Medical and sanitary report of the native army of Bengal for the year
Year: 1874
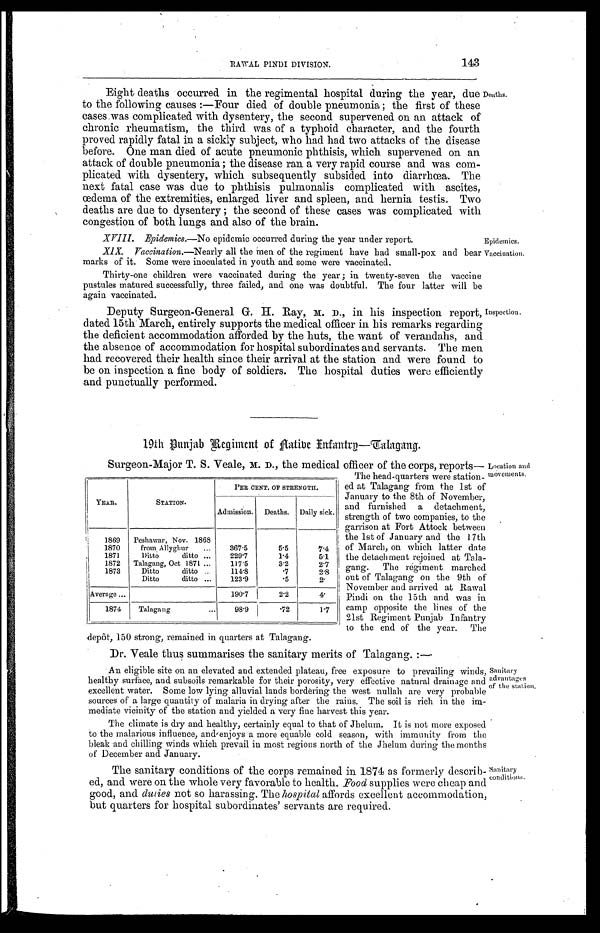
-aecination,
R A W A L P I N D I D I V I S I O N .
143
Eight deaths occurred in the regimental hospital during the year, due
to the following causes:—Four died of double pneumonia; the first of these
cases was complicated with dysentery, the second supervened on an attack of
chronic rheumatism, the third was of a typhoid character, and the fourth
proved rapidly fatal in a sickly subject, who had had two attacks of the disease
before. One man died of acute pneumonic phthisis, which supervened on an
attack of double pneumonia; the disease ran a very rapid course and was com
- p l i c a t e d w i t h d y s e n t e r y , w h i c h s u b s e q u e n t l y s u b s i d e d i n t o d i a r r h œ a . T h e
next fatal case was due to phthisis pulmonalis complicated with ascites,
œdema of the extremities, enlarged liver and spleen, and hernia testis. Two
deaths are due to dysentery; the second of these cases was complicated with
congestion of both lungs and also of the brain.
XVIII. Epidemics.—No epidemic occurred during the year under report.
XIX. Vaccination. —Nearly all the men of the regiment have had small-pox and bear
marks of it. Some were inoculated in youth and some were vaccinated,
Thirty-one children were vaccinated during the year; in twenty-seven the vaccine
pustules matured successfully, three failed, and one was doubtful. The four latter will be
again vaccinated.
Deputy Surgeon-General G. H. Ray, M. D in his inspection report,
dated 15th March, entirely supports the medical officer in his remarks regarding
the deficient accommodation afforded by the huts, the want of verandahs, and
the absence of accommodation for hospital subordinates and servants. The men
had recovered their health since their arrival at the station and were found to
be on inspection a fine body of soldiers. The hospital duties were efficiently
and punctually performed.
Deaths.
Enspection.
19th Punjab Regiment of Native Infantry—Talagang.
Surgeon-Major T. S. Veale, M. D., the medical officer of the corps, reports
—The head-quarters were station
-ed at Talagang from the 1st of
January to the 8th of November,
and furnished a detachment,
strength of two companies, to the
garrison at Fort Attock between
the 1st of January and the 17th
of March, on which latter date
the detachment rejoined at Tala
—gang. The regiment marched
out of Talagang on the 9th of
November and arrived at Rawal
Pindi on the 15th and was in
camp opposite the lines of the
21st Regiment Punjab Infantry
to the end of the year. The
depôt, 150 strong, remained in quarters at Talagang.
Dr. Veale thus summarises the sanitary merits of Talagang.:—
An eligible site on an elevated and extended plateau, free exposure to prevailing winds,
healthy surface, and subsoils remarkable for their porosity, very effective natural drainage and
excellent water. Some low lying alluvial lands bordering the west nullah are very probable
sources of a large quantity of malaria in drying after the rains. The soil is rich in the im
- m e d i a t e v i c i n i t y o f t h e s t a t i o n a n d y i e l d e d a v e r y f i n e h a r v e s t t h i s y e a r .
The climate is dry and healthy, certainly equal to that of Jhelum. It is not more exposed
to the malarious influence, and enjoys a more equable cold season, with immunity from the
bleak and chilling winds which prevail in most regions north of the Jhelum during the months
of December and January.
The sanitary conditions of the corps remained in 1874 as formerly describ
- e d , a n d w e r e o n t h e w h o l e v e r y f a v o r a b l e t o h e a l t h .F
o o d
s u p p l i e s w e r e c h e a p a n d
good, and duties not so harassing. The hospital affords excellent accommodation,
but quarters for hospital subordinates' servants are required.
YEAR.
STATION.
PER CENT. OF STRENGTH.
Admission. Deaths. Daily sick.
1869 Peshawar, Nov. 1868
1870 from, Allyghur
367. 5
5. 5
7.4
1871 Ditto ditto
229. 7
1. 4
5.1
1872 Talagang, Oct 1871
117.5
3. 2
2.7
1 8 7 3
Ditto ditto
114. 8
. 7
2.8
Ditto ditto
123. 9
.5
2 .
Average
190. 7
2.2
4.
1874 Talagang
98. 9
.72
1.7
Location and
movements.
Sanitary
advantages
of the station.
Sanitary
conditions.